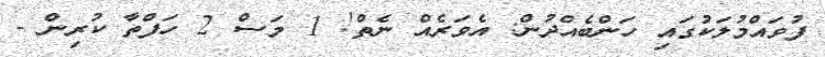
ފުވައްމުލަކުގައި ހަންބެއްދުން: އެވަރެއް ނެތް! 1 މަސް 2 ހަފްތާ ކުރިން -